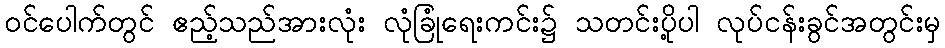
၀င်ပေါက်တွင် ဧည့်သည်အားလုံး လုံခြုံရေးကင်း၌ သတင်းပို့ပါ လုပ်ငန်းခွင်အတွင်းမှ